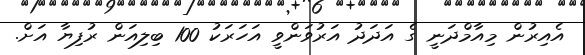
އެއިރުން މިއާމްދަނީ ގެ އަދަދު އަރުވަންވީ އަހަރަކު 100 ބިލިއަން ރުފިޔާ އަށް.